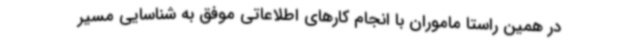
در همین راستا ماموران با انجام کارهای اطلاعاتی موفق به شناسایی مسیر